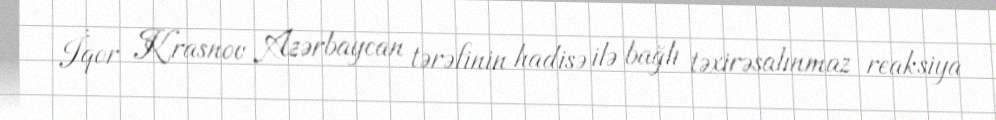
İqor Krasnov Azərbaycan tərəfinin hadisə ilə bağlı təxirəsalınmaz reaksiya